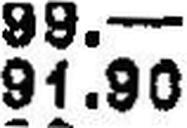
91.90